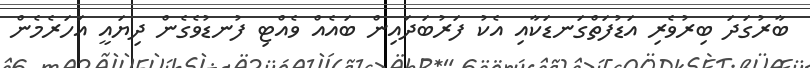
ބާރުގަދަ ބިރުވެރި އަޑުފަތްގަނޑަކާއި އެކު ފަރުބަދައިން ބައެއް ވެއްޓި ފުނޑުވެގެން ދިޔައީ އަހަރެމެން